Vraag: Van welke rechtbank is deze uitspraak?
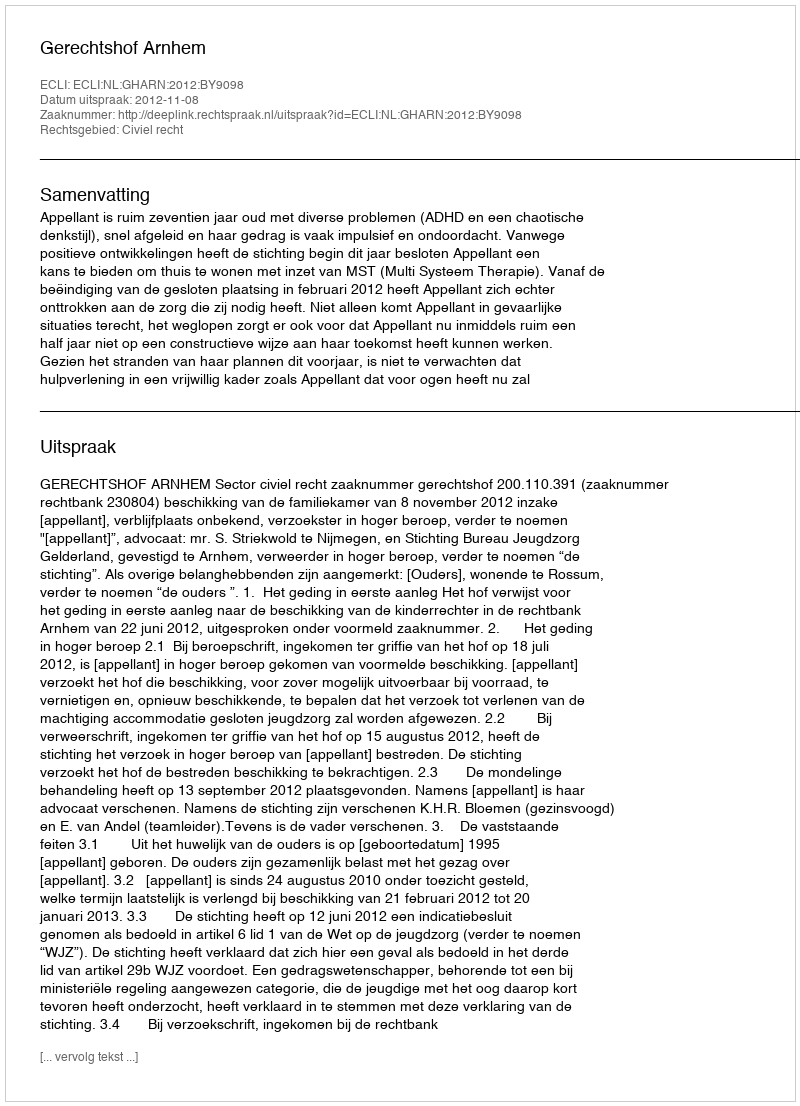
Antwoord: Gerechtshof Arnhem